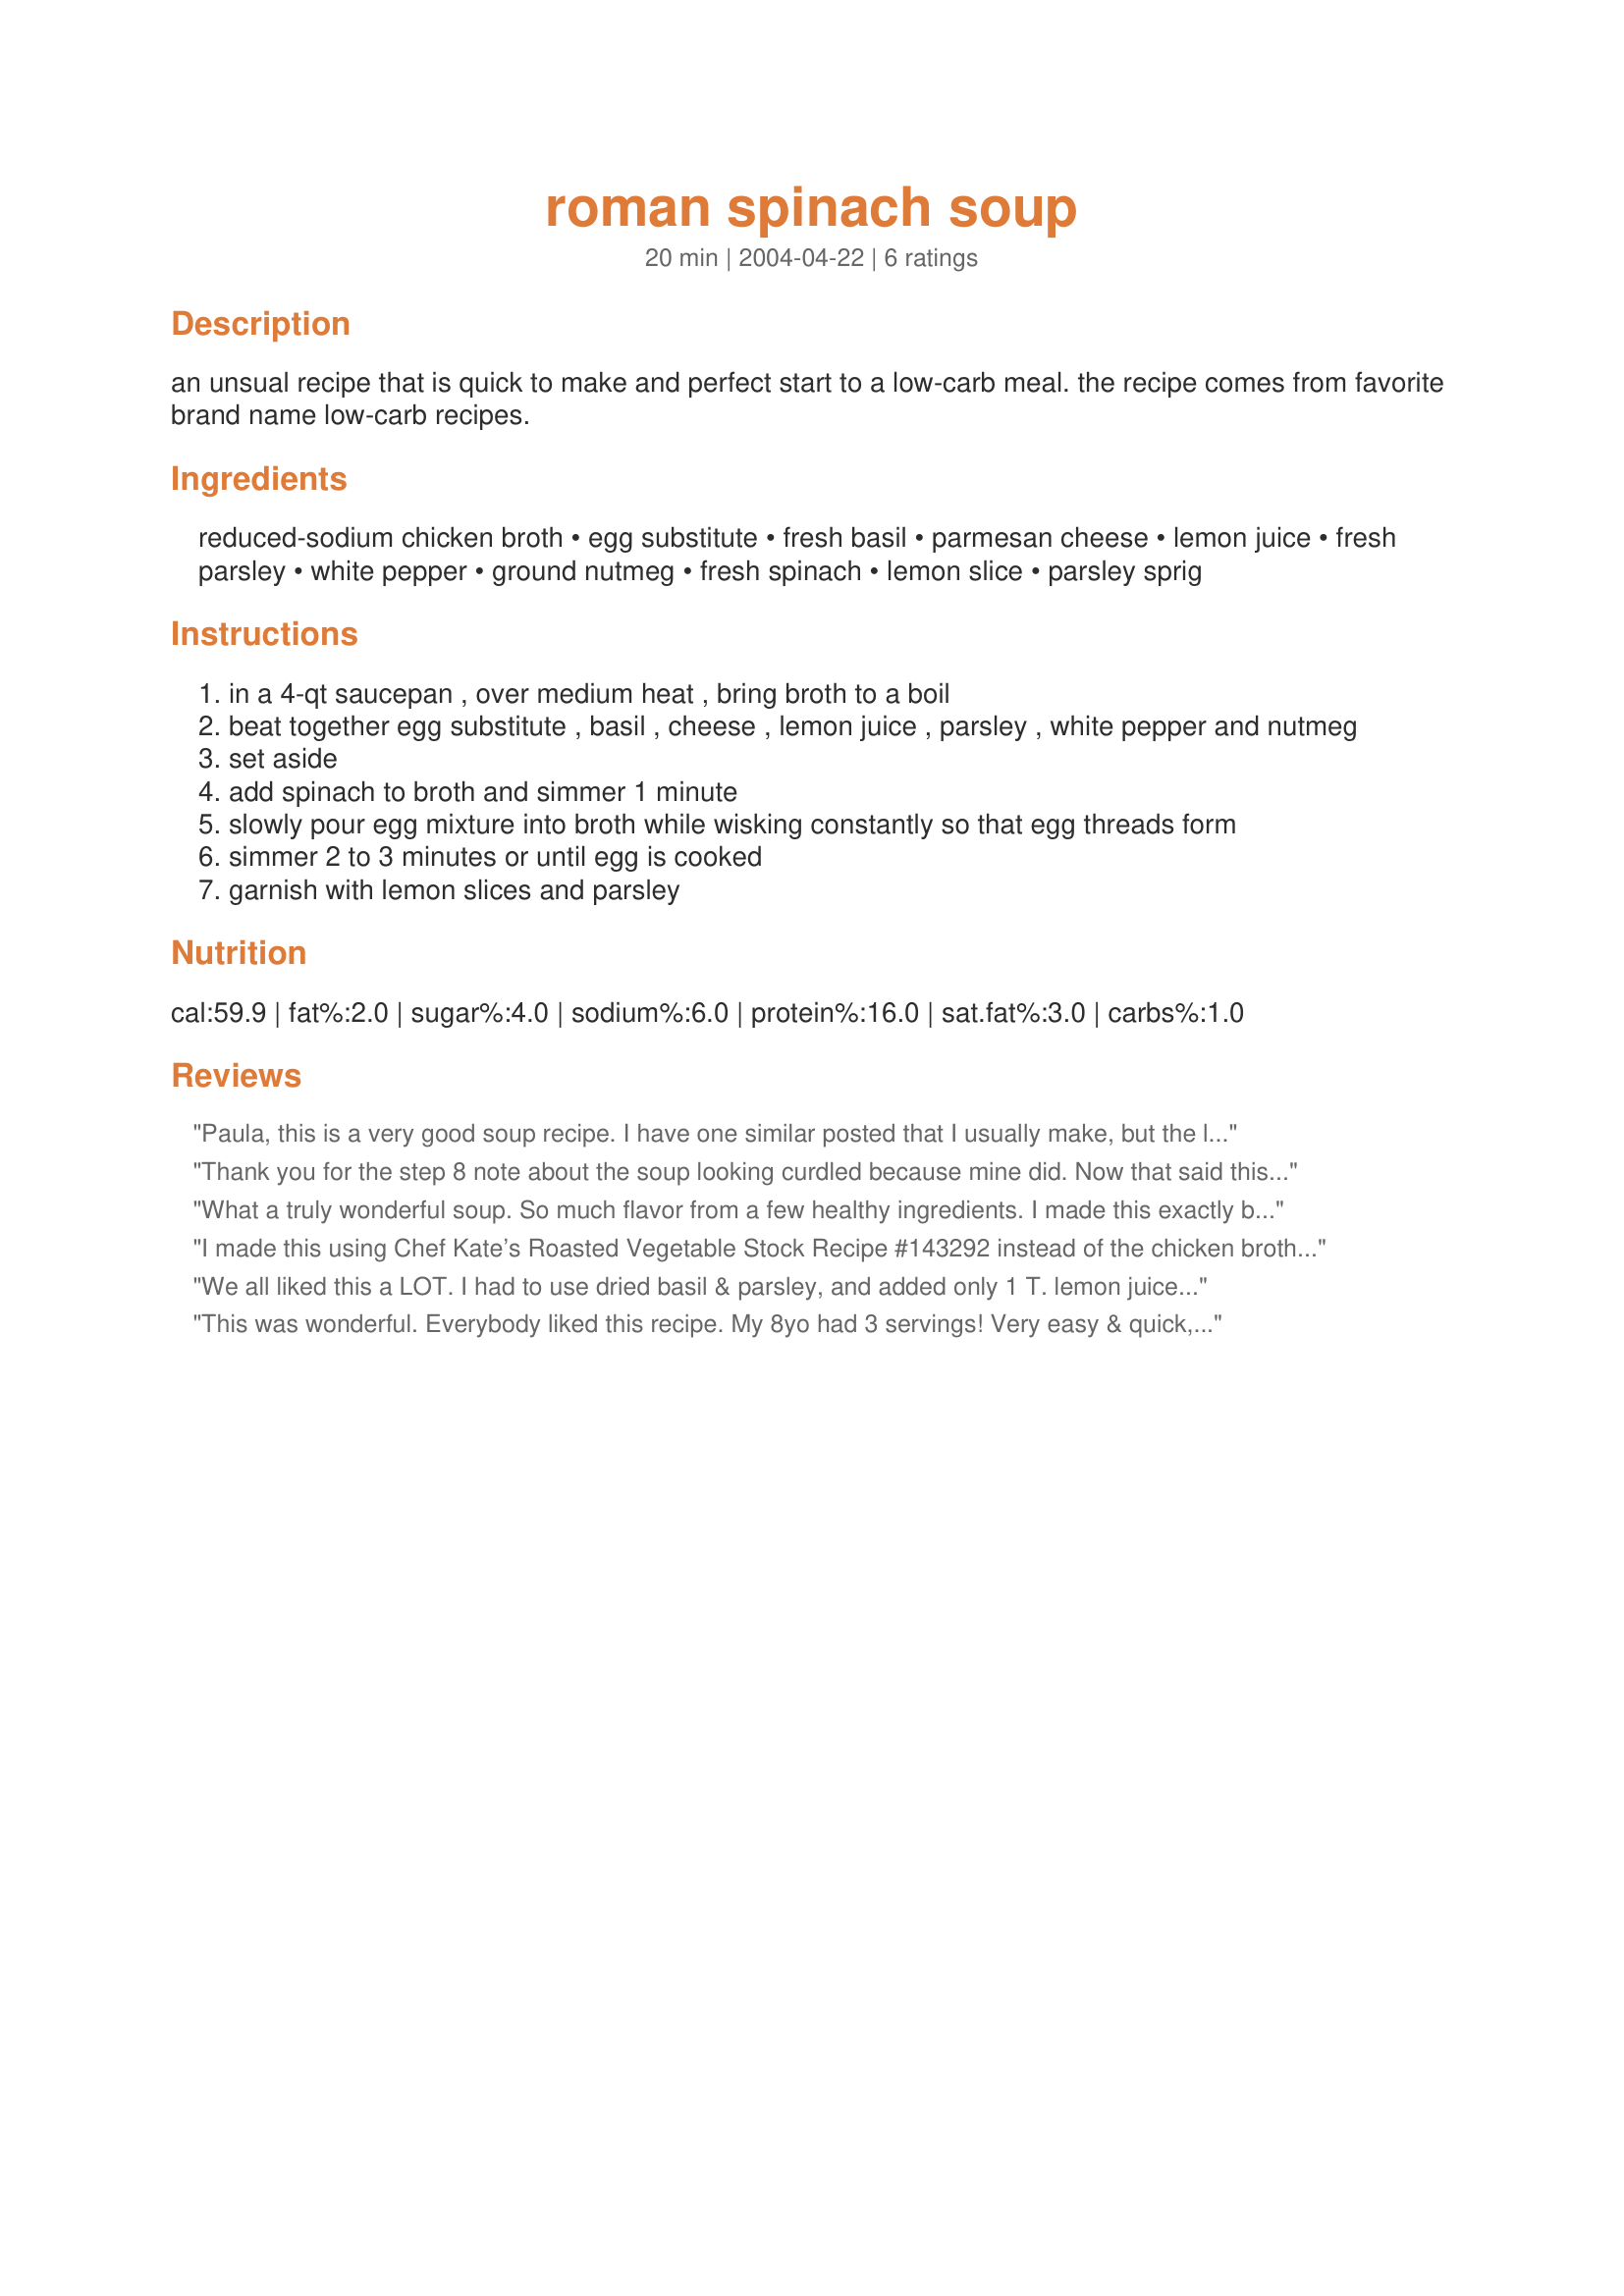
roman spinach soup
Preparation time: 20 minutes

an unsual recipe that is quick to make and perfect start to a low-carb meal. the recipe comes from favorite brand name low-carb recipes.

Ingredients:
reduced-sodium chicken broth, egg substitute, fresh basil, parmesan cheese, lemon juice, fresh parsley, white pepper, ground nutmeg, fresh spinach, lemon slice, parsley sprig

Steps:
in a 4-qt saucepan , over medium heat , bring broth to a boil
beat together egg substitute , basil , cheese , lemon juice , parsley , white pepper and nutmeg
set aside
add spinach to broth and simmer 1 minute
slowly pour egg mixture into broth while wisking constantly so that egg threads form
simmer 2 to 3 minutes or until egg is cooked
garnish with lemon slices and parsley

Reviews:
Paula, this is a very good soup recipe. I have one similar posted that I usually make, but the lemon and nutmeg gave this a whole new flavor. The only change I made was to use regular eggs - I had no egg beaters on hand. Thanks for posting!
Thank you for the step 8 note about the soup looking curdled because mine did. Now that said this was a nice healthy soup that DH enjoyed as is and I enjoyed kicked up a bit with Sriracha hot chili. Thanks so much for the post.
What a truly wonderful soup. So much flavor from a few healthy ingredients. I made this exactly by the recipe and wouldn't change a single thing. It took the 10 mins to remove the stems and julienned but it was still done in 15 mins. If you are looking for a light weight lunch or starter you have found it! The light touch of lemon really sparkles and since I usually always have spinach I'll be making this often :D
I made this using Chef Kate’s Roasted Vegetable Stock Recipe #143292 instead of the chicken broth and I used three eggs rather than the egg substitute (I just hadn’t had time to check out egg substitutes when I wanted to make the recipe), but otherwise I followed the recipe exactly. Really clear instructions, very quick to make – and delicious! Just loved the blend of flavours! Thanks for sharing!
We all liked this a LOT. I had to use dried basil & parsley, and added only 1 T. lemon juice, and about 1/2 c. of cheddar cheese and then thickened the soup with a little cornstarch mixture.
This was wonderful. Everybody liked this recipe. My 8yo had 3 servings! Very easy & quick, too. Thank you, Paula!
